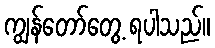
ကျွန်တော်တွေ့ ရပါသည်။